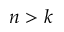
n > k